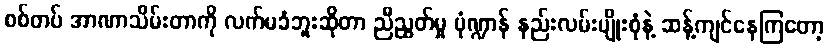
စစ်တပ် အာဏာသိမ်းတာကို လက်မခံဘူးဆိုတာ ညီညွတ်မှု ပုံဏ္ဍာန် နည်းလမ်းမျိုးစုံနဲ့ ဆန့်ကျင်နေကြတော့